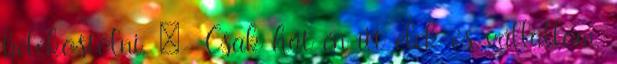
belekostolni. :- Csak hát én itt élek és vállallom,